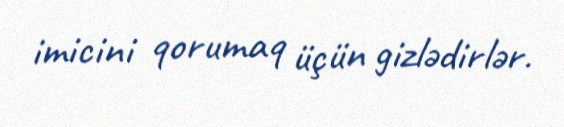
imicini qorumaq üçün gizlədirlər.